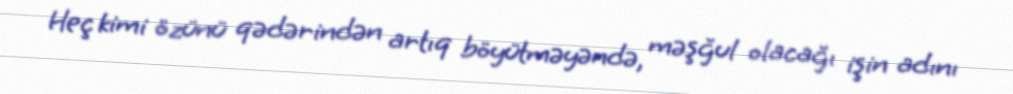
Heç kimi özünü qədərindən artıq böyütməyəndə, məşğul olacağı işin adını